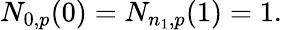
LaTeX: N_{0,p}(0)=N_{n_{1},p}(1)=1.